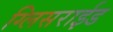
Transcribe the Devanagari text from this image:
ग्लिसराईड